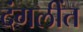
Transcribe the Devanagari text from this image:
दंगलींत